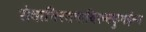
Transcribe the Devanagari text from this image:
सेवानिरतनायिरुक्कुमईन्न